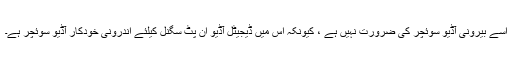
اسے بیرونی آڈیو سوئچر کی ضرورت نہیں ہے ، کیونکہ اس میں ڈیجیٹل آڈیو ان پٹ سگنل کیلئے اندرونی خودکار آڈیو سوئچر ہے۔